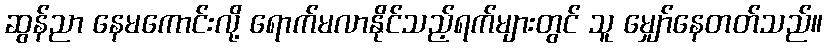
ဆွန်ညာ နေမကောင်းလို့ ရောက်မလာနိုင်သည့်ရက်များတွင် သူ မျှော်နေတတ်သည်။